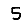
Digit: 5